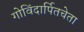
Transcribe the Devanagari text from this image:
गोविंदार्पितचेता